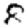
Digit: 8